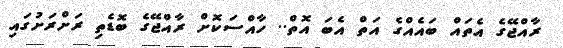
ރާއްޖޭގެ އެތައް ބައެއްގެ އަތް އެބަ އޮތް.. ހާއްސަކޮށް ރާއްޖޭގެ ބޮޑެތި ރަށްރަށުގައި